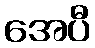
အေပီ